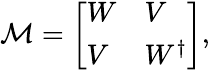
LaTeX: \mathcal{M}=\left[\begin{array}{ll}{W}&{V}\\ {V}&{W^{\dagger}}\end{array}\right],